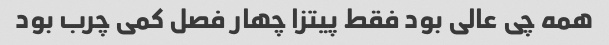
همه چی عالی بود فقط پیتزا چهار فصل کمی چرب بود